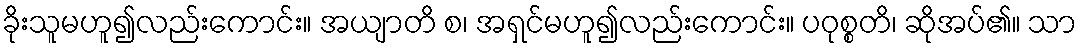
ခိုးသူမဟူ၍လည်းကောင်း။ အယျာတိ စ၊ အရှင်မဟူ၍လည်းကောင်း။ ပဝုစ္စတိ၊ ဆိုအပ်၏။ သာ